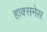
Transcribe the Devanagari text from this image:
हाक्सनेस